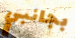
بجانبي